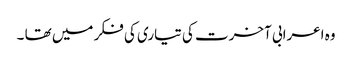
وہ اعرابی آخرت کی تیاری کی فکر میں تھا ۔